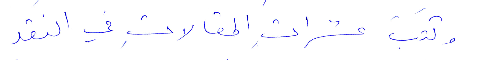
وكتب عشرات المقالات في النقد